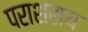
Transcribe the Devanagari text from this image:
पराशराय